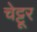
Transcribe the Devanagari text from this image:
चेट्टूर